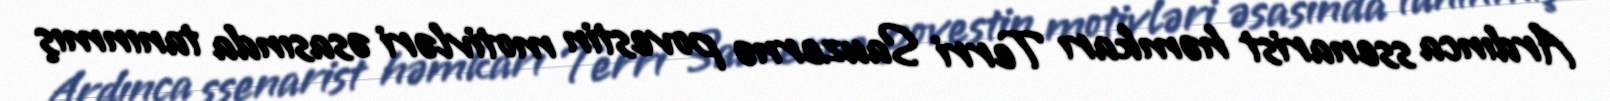
Ardınca ssenarist həmkarı Terri Sauzernə povestin motivləri əsasında tanınmış